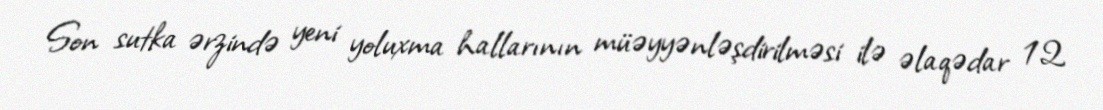
Son sutka ərzində yeni yoluxma hallarının müəyyənləşdirilməsi ilə əlaqədar 12